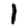
Digit: 1